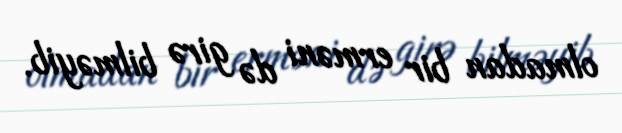
olmadan bir erməni də girə bilməyib.